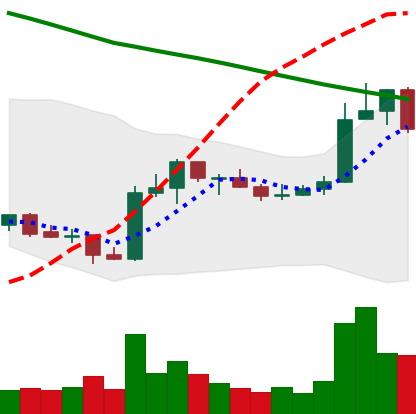
Ticker: ADA-USD
Chart end date: 2019-02-21
Forward return: -3.703%
Label: down_3_5